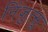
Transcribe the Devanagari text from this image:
निंजुत्सू